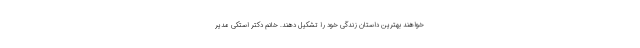
خواهند بهترين داستان زندگی خود را تشکیل دهند. خانم دکتر استکی مدير